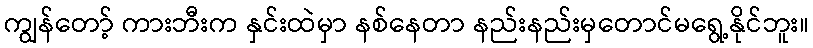
ကျွန်တော့် ကားဘီးက နှင်းထဲမှာ နစ်နေတာ နည်းနည်းမှတောင်မရွေ့နိုင်ဘူး။